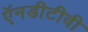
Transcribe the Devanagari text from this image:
ऍनडीटीवी